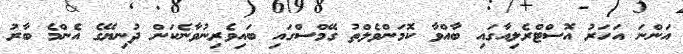
އަންނަ އަހަރު އޮސްޓްރެލިއާގައި ބާއްވާ ކޮމަންވެލްތު ގޭމްސްގައި ބައިވެރިނުވާނެކަން ދުނިޔޭގެ އެންމެ ބާރު